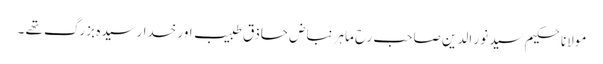
مولانا حکیم سید نور الدین صاحب رح ماہر نباض حاذق طبیب اور خدا رسیدہ بزرگ تھے ۔